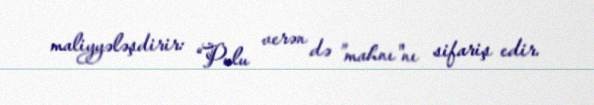
maliyyələşdirir: “Pulu verən də ”mahnı"nı sifariş edir.